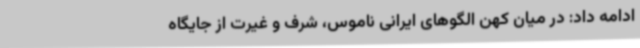
ادامه داد: در میان کهن الگوهای ایرانی ناموس، شرف و غیرت از جایگاه